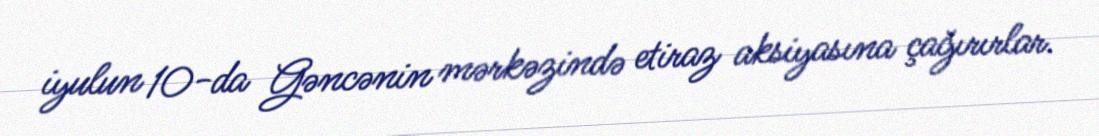
iyulun 10-da Gəncənin mərkəzində etiraz aksiyasına çağırırlar.